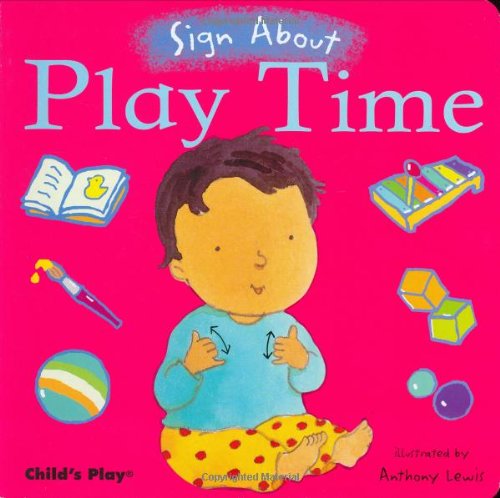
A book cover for Play Time (Sign about); Self-Help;